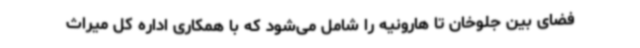
فضای بین جلوخان تا هارونیه را شامل می‌شود که با همکاری اداره کل میراث